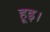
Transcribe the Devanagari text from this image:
हूइ।